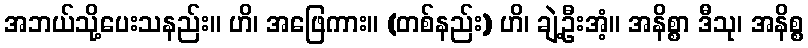
အဘယ်သို့ပေးသနည်း။ ဟိ၊ အဖြေကား။ (တစ်နည်း) ဟိ၊ ချဲ့ဦးအံ့။ အနိစ္စာ ဒီသု၊ အနိစ္စ